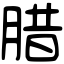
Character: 腊